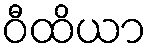
ဝီထိယာ